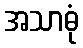
အသာဓုံ